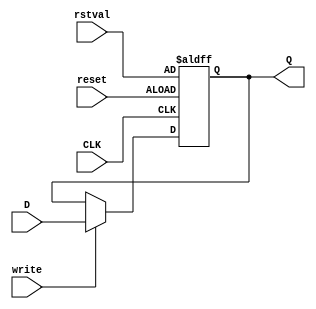
`timescale 1ns / 1ps
//////////////////////////////////////////////////////////////////////////////////
// Company: 
// Engineer: 
// 
// Design Name: 
// Module Name:    reg_16b 
// Project Name: 
// Target Devices: 
// Tool versions: 
// Description: 
//
// Dependencies: 
//
// Revision: 
// Revision 0.01 - File Created
// Additional Comments: 
//
//////////////////////////////////////////////////////////////////////////////////
module reg_16b(
   input [15:0] D,
	input [15:0] rstval,
	input write,
   input reset,
   input CLK,
   output reg [15:0] Q
   );

	always @(posedge CLK or posedge reset) begin	//Only change on positive clock edge
		if (reset) Q <= rstval;
		else if (write) Q <= D;
	end

endmodule